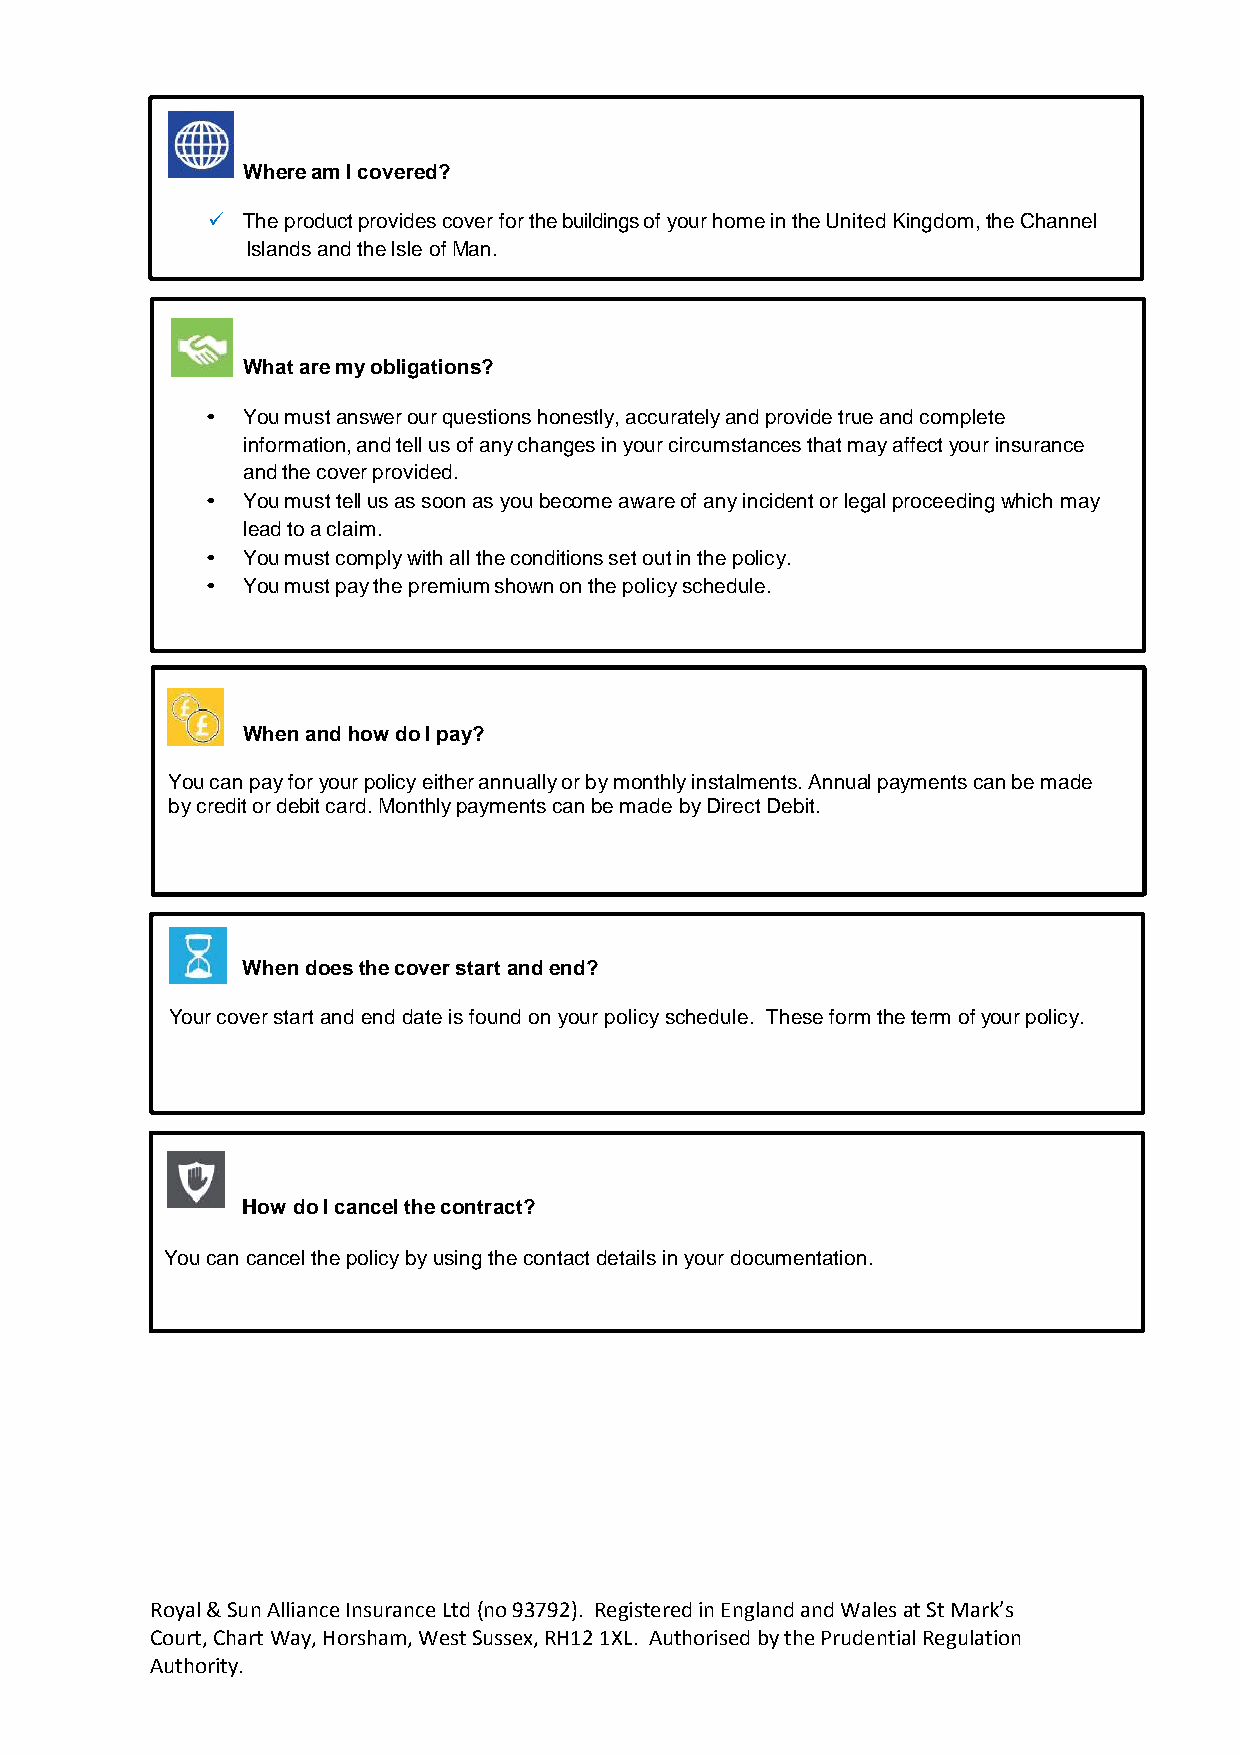
Where am I covered?
  The product provides cover for the buildings of your home in the United Kingdom, the Channel
 Islands and the Isle of Man.
 What are my obligations?
 • You must answer our questions honestly, accurately and provide true and complete
 information, and tell us of any changes in your circumstances that may affect your insurance
 and the cover provided.
 • You must tell us as soon as you become aware of any incident or legal proceeding which may
 lead to a claim.
 • You must comply with all the conditions set out in the policy.
 • You must pay the premium shown on the policy schedule.
 When and how do I pay?
 You can pay for your policy either annually or by monthly instalments. Annual payments can be made
 by credit or debit card. Monthly payments can be made by Direct Debit.
 When does the cover start and end?
 Your cover start and end date is found on your policy schedule. These form the term of your policy.
 How do I cancel the contract?
 You can cancel the policy by using the contact details in your documentation.
 Royal & Sun Alliance Insurance Ltd (no 93792). Registered in England and Wales at St Mark’s
 Court, Chart Way, Horsham, West Sussex, RH12 1XL. Authorised by the Prudential Regulation
 Authority.